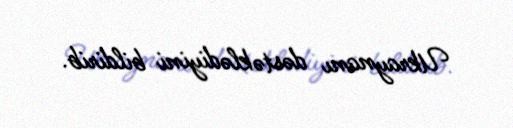
Ukraynanı dəstəklədiyini bildirib.